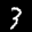
Label: 3